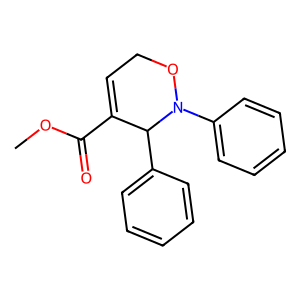
SMILES: COC(=O)C1=CCON(c2ccccc2)C1c1ccccc1
Inhibits HIV replication: No